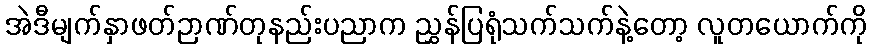
အဲဒီမျက်နှာဖတ်ဉာဏ်တုနည်းပညာက ညွှန်ပြရုံသက်သက်နဲ့တော့ လူတယောက်ကို